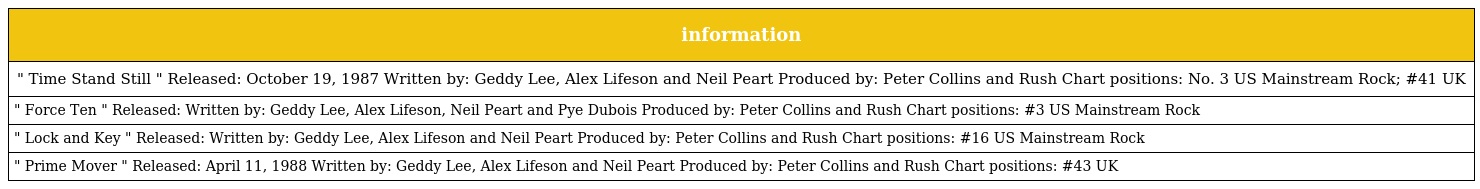
| information |
 | --- |
 | " Time Stand Still " Released: October 19, 1987 Written by: Geddy Lee, Alex Lifeson and Neil Peart Produced by: Peter Collins and Rush Chart positions: No. 3 US Mainstream Rock; #41 UK |
 | " Force Ten " Released: Written by: Geddy Lee, Alex Lifeson, Neil Peart and Pye Dubois Produced by: Peter Collins and Rush Chart positions: #3 US Mainstream Rock |
 | " Lock and Key " Released: Written by: Geddy Lee, Alex Lifeson and Neil Peart Produced by: Peter Collins and Rush Chart positions: #16 US Mainstream Rock |
 | " Prime Mover " Released: April 11, 1988 Written by: Geddy Lee, Alex Lifeson and Neil Peart Produced by: Peter Collins and Rush Chart positions: #43 UK |